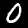
Digit: 0